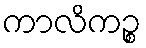
ကာလိကဉ္စ